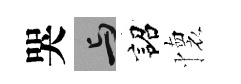
哭与詔懷